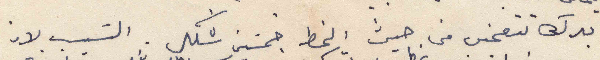
بدك تتعجبي من حيث الخط خمسبن شكل. السبب لان